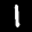
Label: 1